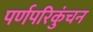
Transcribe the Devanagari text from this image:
पर्णपरिकुंचन